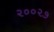
૨૦૦૨૭